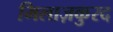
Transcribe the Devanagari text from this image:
मिलाज़कुरद